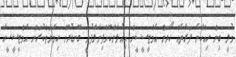
މުލީ ބިން ހިއްކާނެ ފަރާތެއް ހޯދަން އެމްޓީސީސީން އިއުލާންކޮށްފިނާލާފުށީ ގޮނޑުދޮށް ހިމާޔަތްކުރަން އެމްޓީސީސީއާ